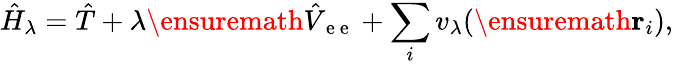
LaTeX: \hat{H}_{\lambda}=\hat{T}+\lambda\ensuremath{\hat{V}_{\mathrm{~e~e~}}}+\sum_{i}v_{\lambda}(\ensuremath{\mathbf{r}}_{i}),